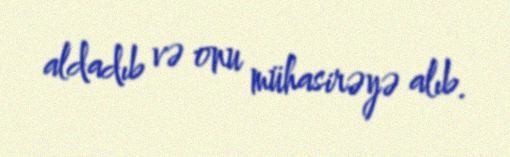
aldadıb və onu mühasirəyə alıb.